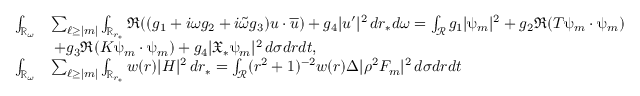
\begin{array} { r l } { \int _ { \mathbb { R } _ { \omega } } } & { \sum _ { \ell \geq | m | } \int _ { \mathbb { R } _ { r _ { * } } } \Re ( ( g _ { 1 } + i \omega g _ { 2 } + i \widetilde { \omega } g _ { 3 } ) u \cdot \overline { { u } } ) + g _ { 4 } | u ^ { \prime } | ^ { 2 } \, d r _ { * } d \omega = \int _ { \mathcal { R } } g _ { 1 } | \uppsi _ { m } | ^ { 2 } + g _ { 2 } \Re ( T \uppsi _ { m } \cdot \uppsi _ { m } ) } \\ & { \: + g _ { 3 } \Re ( K \uppsi _ { m } \cdot \uppsi _ { m } ) + g _ { 4 } | { \mathfrak { X } } _ { * } \uppsi _ { m } | ^ { 2 } \, d \sigma d r d t , } \\ { \int _ { \mathbb { R } _ { \omega } } } & { \sum _ { \ell \geq | m | } \int _ { \mathbb { R } _ { r _ { * } } } w ( r ) | H | ^ { 2 } \, d r _ { * } = \int _ { \mathcal { R } } ( r ^ { 2 } + 1 ) ^ { - 2 } w ( r ) \Delta | \rho ^ { 2 } F _ { m } | ^ { 2 } \, d \sigma d r d t } \end{array}